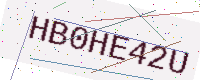
Text: HB0HE42U